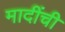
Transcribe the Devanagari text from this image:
मादींची